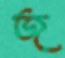
জ